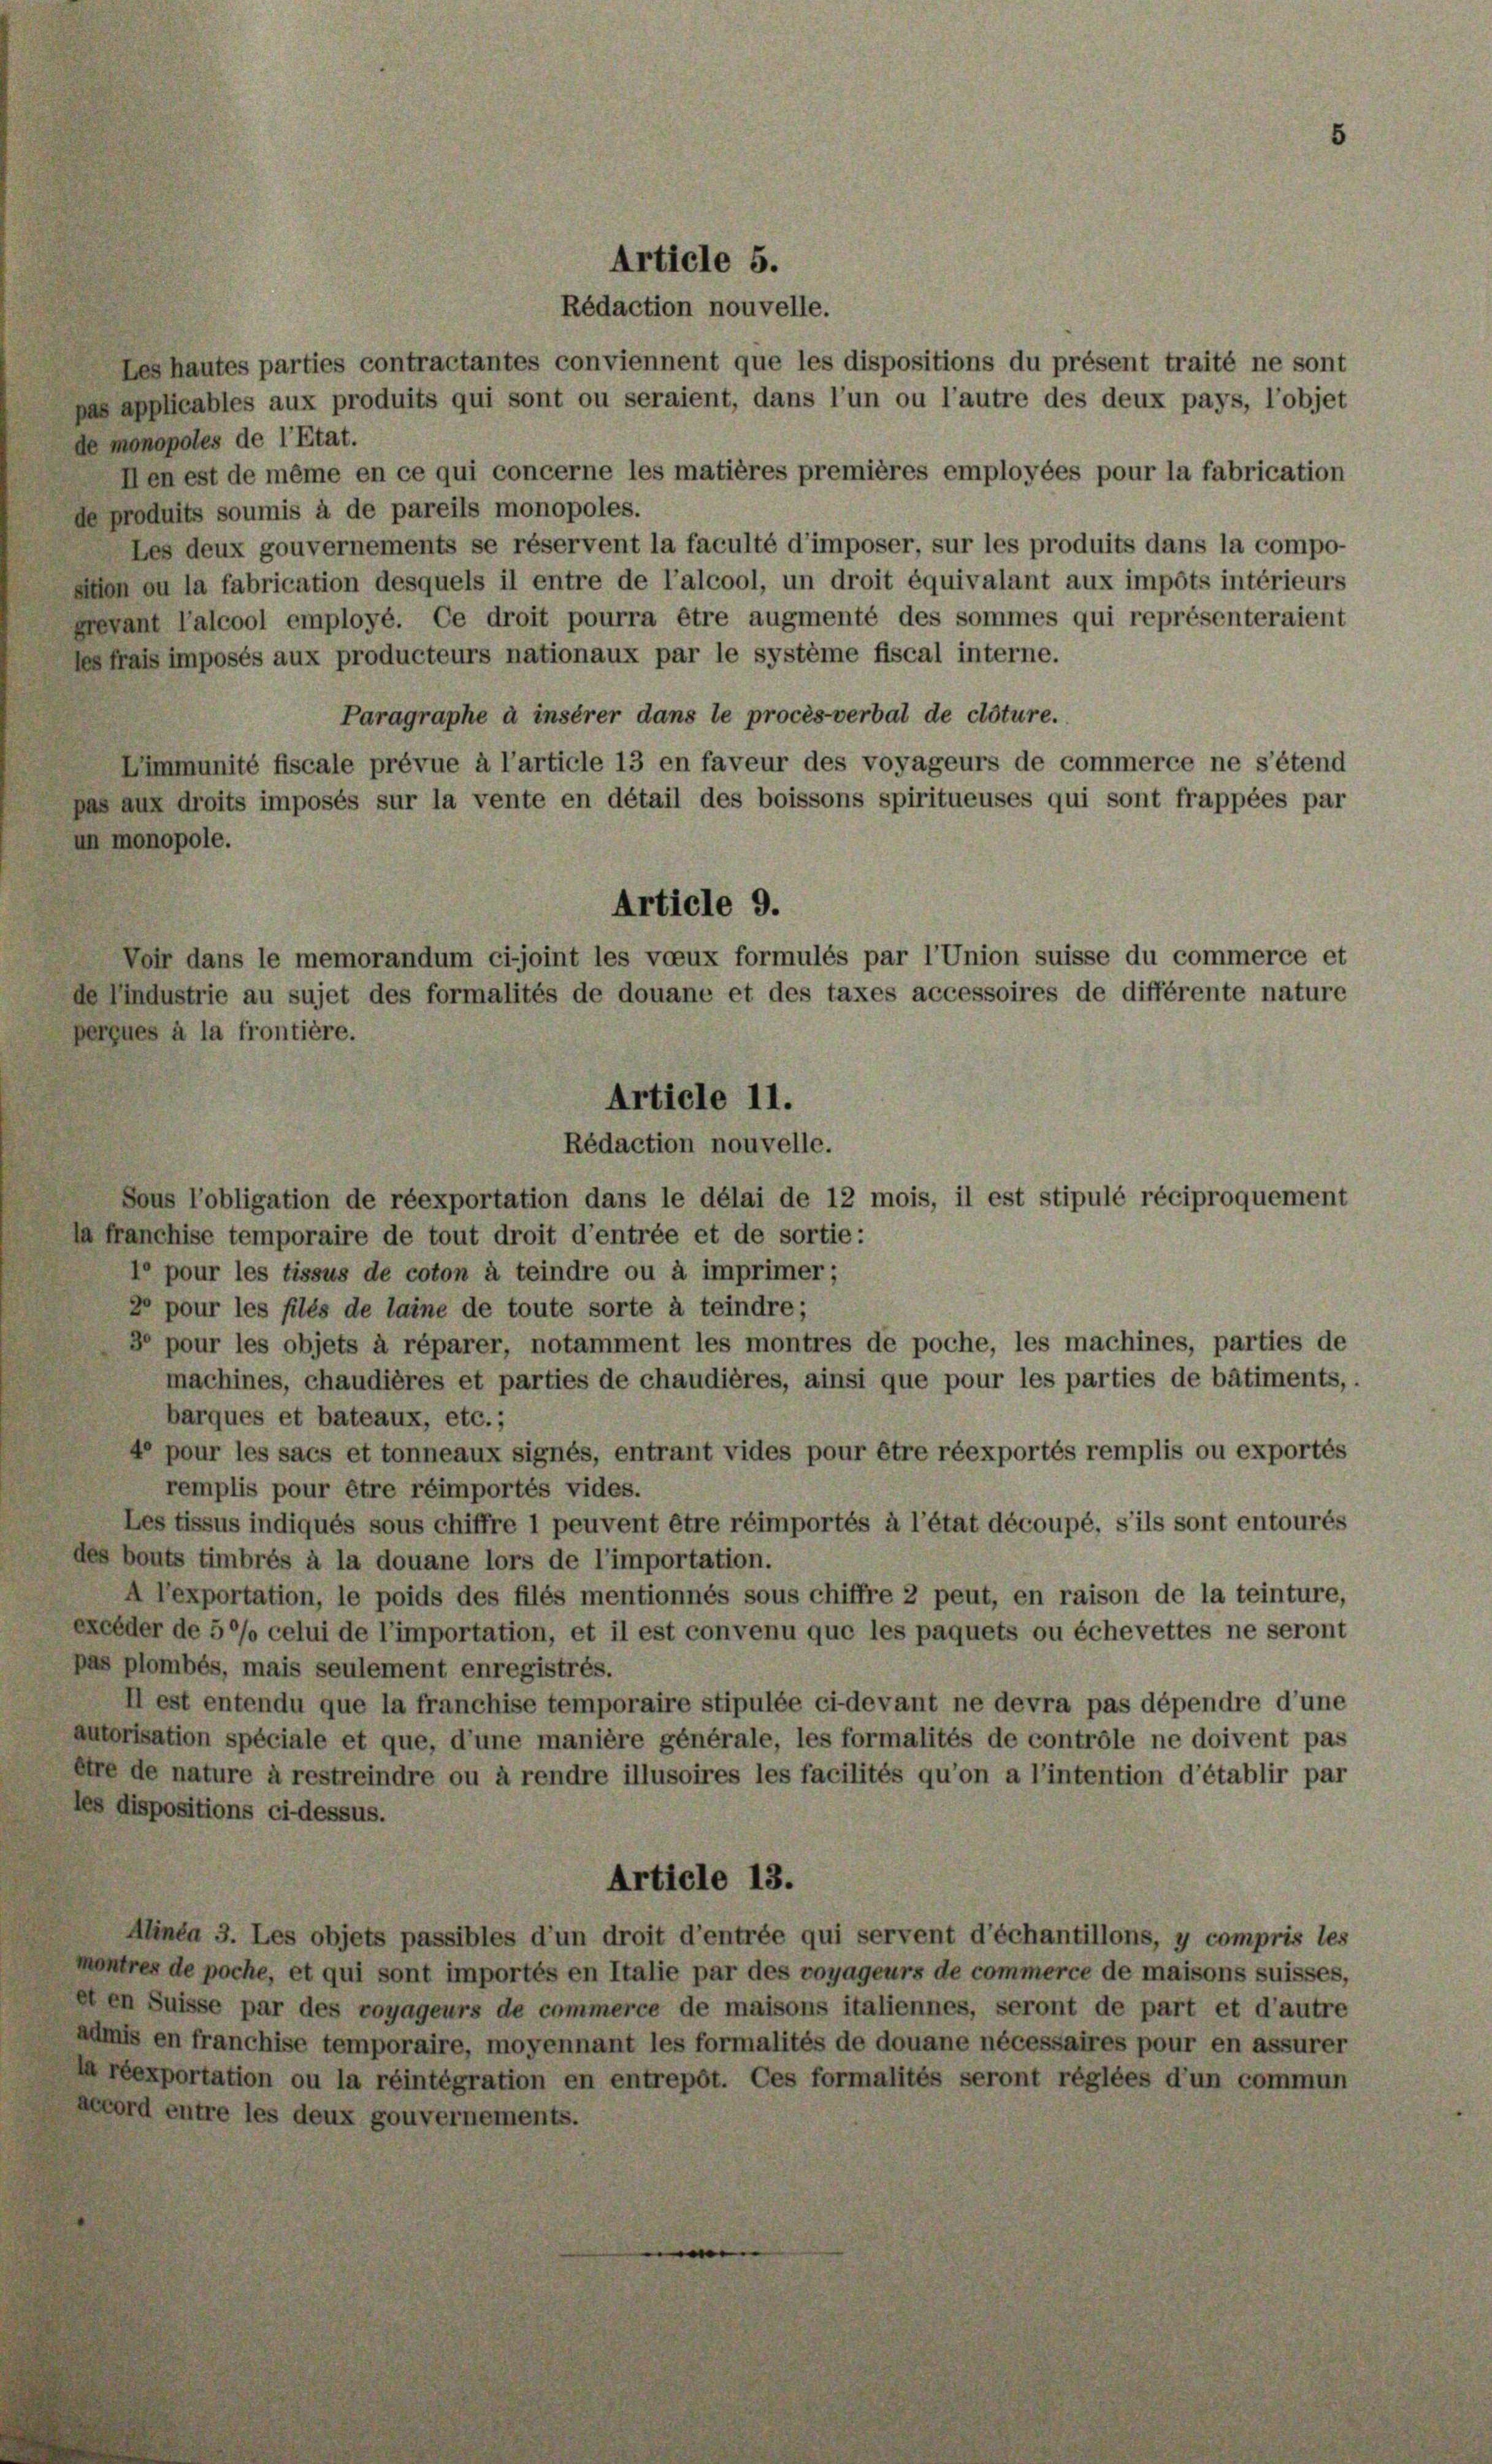
Rédaction nouvelle.
Les hautes parties contractantes conviennent que les dispositions du présent traité ne sont
pas applicables aux produits qui sont ou seraient, dans l’un ou l’autre des deux pays, l’objet
de monopoles de l’Etat.
Ien est de même en ce qui concerne les matières premières employées pour la fabrication
de produits soumis à de pareils monopoles.
Les deux gouvernements se réservent la faculté d’imposer, sur les produits dans la compo-
sition ou la fabrication desquels il entre de l’alcool, un droit équivalant aux impots intérieurs
Grevant l’alcool employé. Ce droit pourra être augmenté des sommes qui représenteraient
les frais imposés aux producteurs nationaux par le système fiscal interne.
Paragraphe à insérer dans le procès-verbal de clôture.
Vimmunité fiscale prévue à l’article 13 en faveur des voyageurs de commerce ne s’étend
pas aux droits imposés sur la vente en détail des boissons spiritueuses qui sont frappées par
un monopole.
Article 9.
Voir dans le memorandum ci-joint les voeux formulés par l’Union suisse du commerce et
de Pindustrie au sujet des formalités de douane et des taxes accessoires de différente nature
perçues à la frontière.
Sous l’obligation de réexportation dans le délai de 12 mois, il est stipulé réciproquement
la franchise temporaire de tout droit d’entrée et de sortie:
1° pour les tissus de coton à teindre ou à imprimer;
2° pour les filés de laine de toute sorte à teindre;
3° pour les objets à réparer, notamment les montres de poche, les machines, parties de
machines, chaudières et parties de chaudières, ainsi que pour les parties de bâtiments,
barques et bateaux, etc.;
4° pour les sacs et tonneaux signés, entrant vides pour être réexportés remplis ou exportés
remplis pour être réimportés vides.
Les tissus indiqués sous chiffre 1 peuvent être réimportés à l’état découpé, s’ils sont entourés
des bouts timbrés à la douane lors de l’importation.
A l’exportation, le poids des filés mentionnés sous chiffre 2 peut, en raison de la teinture,
excéder de 50% celui de l’importation, et il est convenu que les paquets ou échevettes ne seront
pas plombés, mais seulement enregistrés.
II est entendu que la franchise temporaire stipulée ci-devant ne devra pas dépendre d’une
autorisation spéciale et que, d’une manière générale, les formalités de contrôle ne doivent pas
être de nature à restreindre ou à rendre illusoires les facilités qu’on a l’intention d’établir par
les dispositions ci-dessus.
Article 13.
Alinea 3. Les objets passibles d’un droit d’entrée qui servent d’échantillons, y compris les
montres de poche, et qui sont importés en Italie par des voyageurs de commerce de maisons suisses,
et en Suisse par des voyageurs de commerce de maisons italiennes, seront de part et d’autre
admis en franchise temporaire, moyennant les formalités de douane nécessaires pour en assurer
la réexportation ou la réintégration en entrepôt. Ces formalités seront réglées d’un commun
accord entre les deux gouvernements.

Article 5.

Article 11.
Rédaction nouvelle.